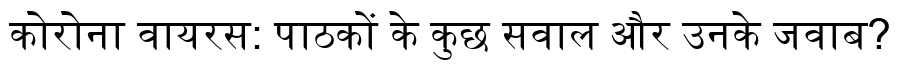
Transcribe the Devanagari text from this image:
कोरोना वायरस: पाठकों के कुछ सवाल और उनके जवाब?